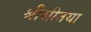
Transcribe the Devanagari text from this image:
श्रीसीतया